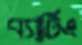
ব্যাটিং